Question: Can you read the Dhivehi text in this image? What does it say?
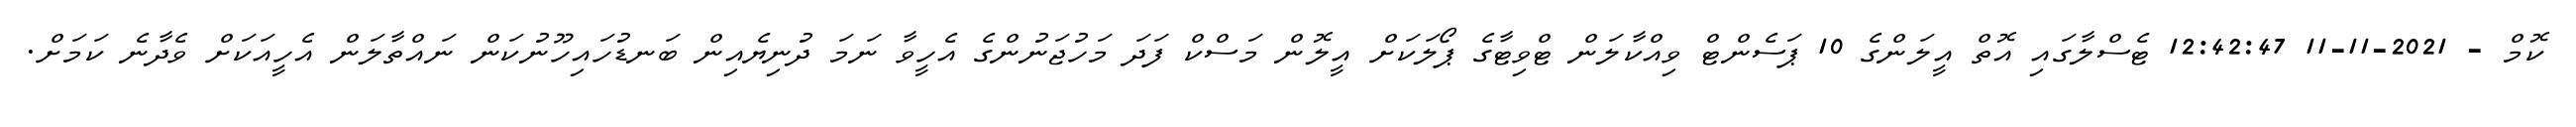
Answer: ކޮމް - 2021-11-11 12:42:47 ޓެސްލާގައި އޮތް އީލަންގެ 10 ޕަސެންޓް ވިއްކާލަން ޓްވިޓާގެ ޕޯލަކަށް އީލޮން މަސްކް ފަދަ މަހުޖަނުންގެ އެހީވާ ނަމަ ދުނިޔެއިން ބަނޑުހައިހޫނުކަން ނައްތާލަން އެހީއަކަށް ވެދާނެ ކަމަށް.